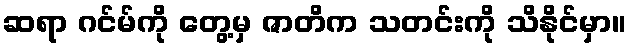
ဆရာ ဂင်မ်ကို တွေ့မှ ဇာတိက သတင်းကို သိနိုင်မှာ။